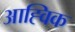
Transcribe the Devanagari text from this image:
आह्विक